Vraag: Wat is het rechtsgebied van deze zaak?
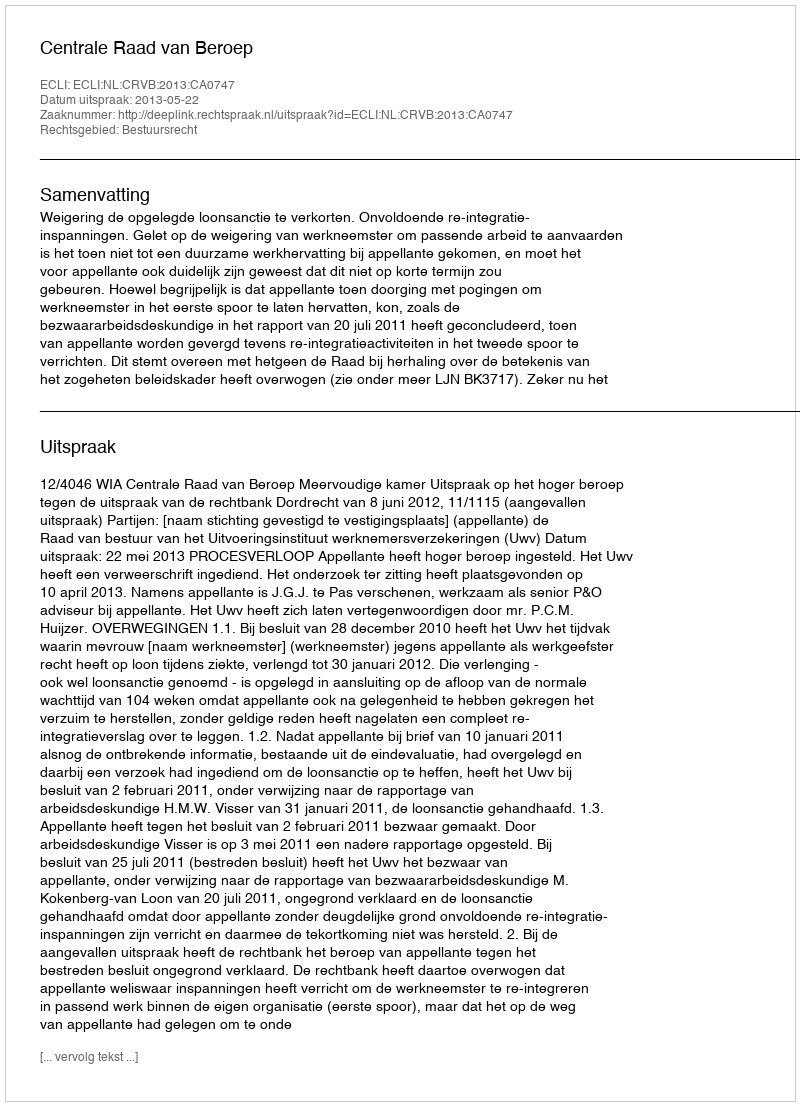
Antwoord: Bestuursrecht